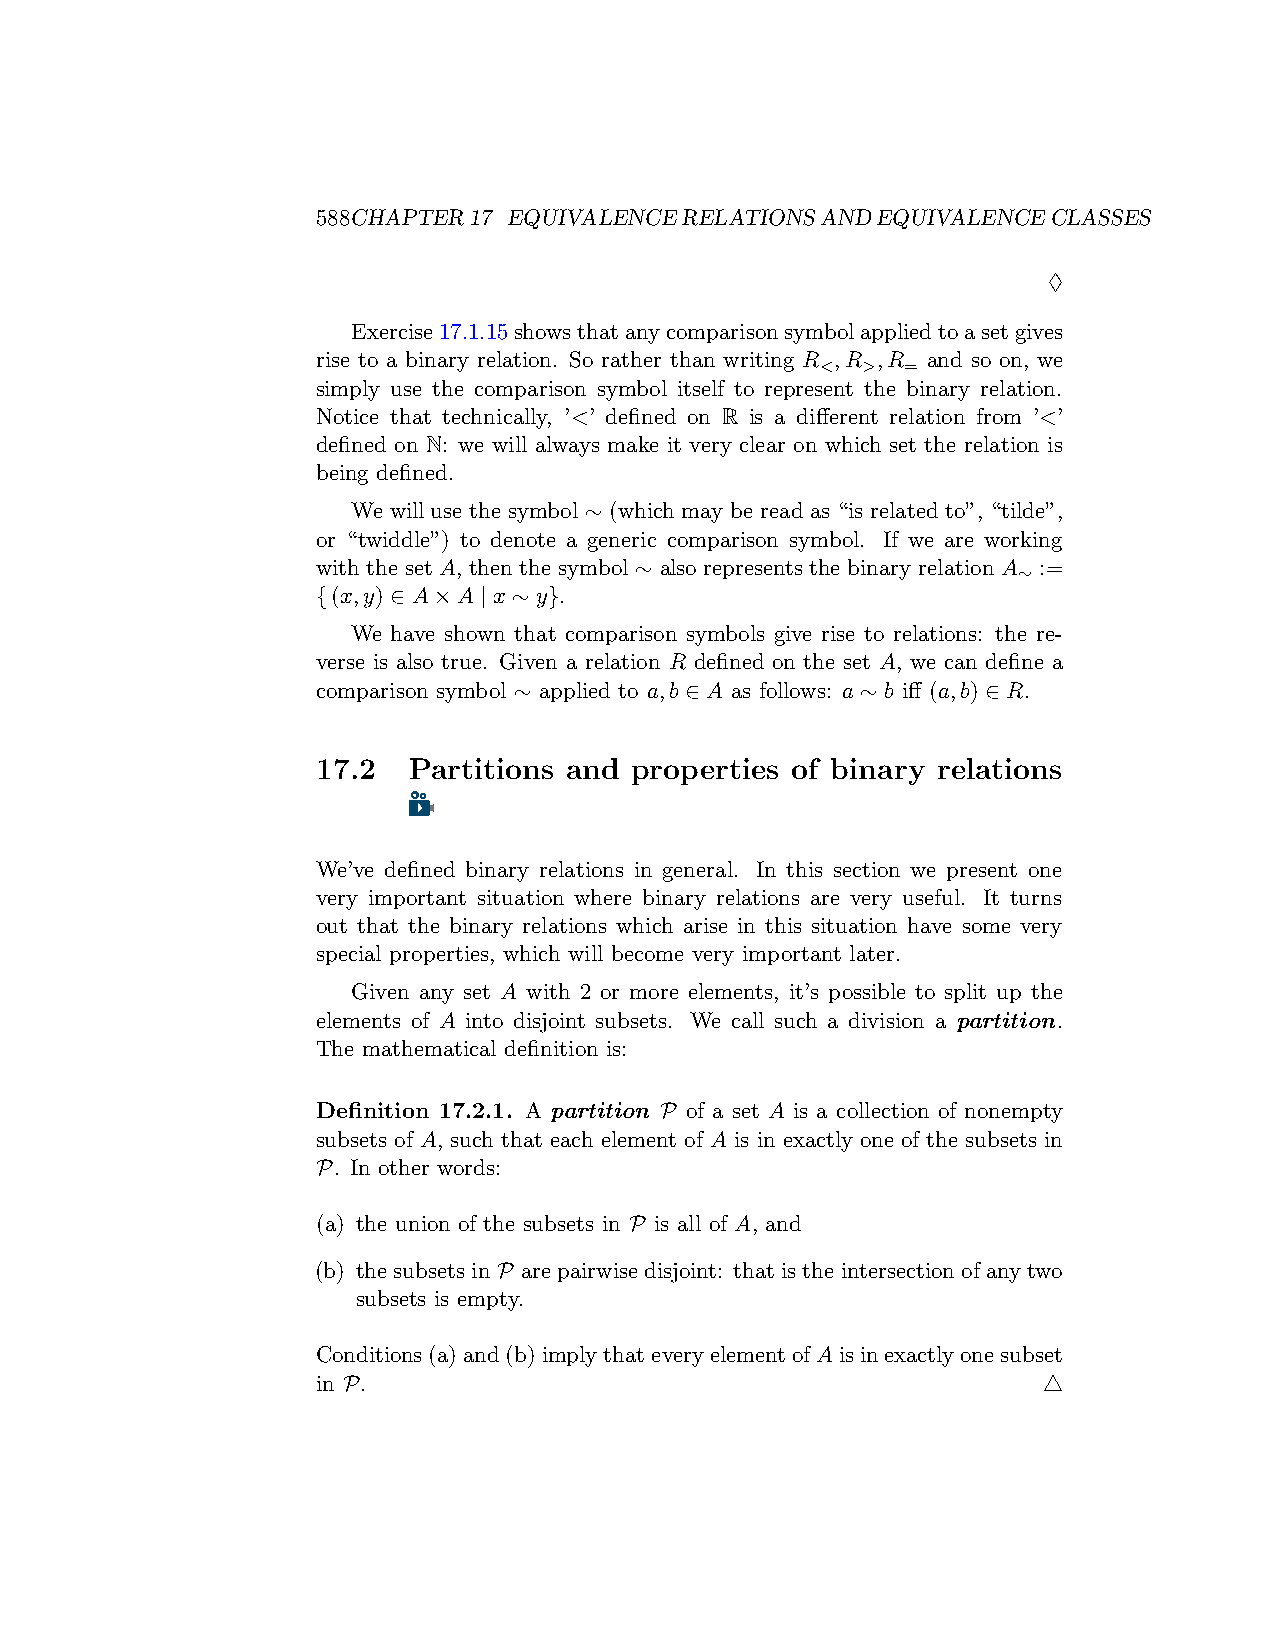
588CHAPTER17 EQUIVALENCERELATIONSANDEQUIVALENCECLASSES
 ♢
 Exercise17.1.15showsthatanycomparisonsymbolappliedtoasetgives
 rise to a binary relation. So rather than writing R ,R ,R and so on, we
 <  >  =
 simply use the comparison symbol itself to represent the binary relation.
 Notice that technically, ’<’ defined on R is a different relation from ’<’
 defined on N: we will always make it very clear on which set the relation is
 being defined.
 We will use the symbol ∼ (which may be read as “is related to”, “tilde”,
 or “twiddle”) to denote a generic comparison symbol. If we are working
 with the set A, then the symbol ∼ also represents the binary relation A :=
 ∼
 {(x,y) ∈ A×A | x ∼ y}.
 We have shown that comparison symbols give rise to relations: the re-
 verse is also true. Given a relation R defined on the set A, we can define a
 comparison symbol ∼ applied to a,b ∈ A as follows: a ∼ b iff (a,b) ∈ R.
 17.2  Partitions and properties of binary relations
 We’ve defined binary relations in general. In this section we present one
 very important situation where binary relations are very useful. It turns
 out that the binary relations which arise in this situation have some very
 special properties, which will become very important later.
 Given any set A with 2 or more elements, it’s possible to split up the
 elements of A into disjoint subsets. We call such a division a partition.
 The mathematical definition is:
 Definition 17.2.1. A partition P of a set A is a collection of nonempty
 subsets of A, such that each element of A is in exactly one of the subsets in
 P. In other words:
 (a) the union of the subsets in P is all of A, and
 (b) the subsets in P are pairwise disjoint: that is the intersection of any two
 subsets is empty.
 Conditions(a)and(b)implythateveryelementofAisinexactlyonesubset
 in P.                                           △